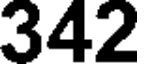
342